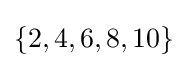
\displaystyle \{2,4,6,8,10\}